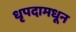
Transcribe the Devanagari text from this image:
धृपदामधून